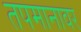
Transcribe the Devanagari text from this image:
तपमानावर